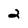
Character: 2